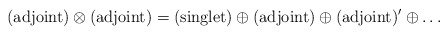
\begin{align*}(\textup{adjoint}) \otimes (\textup{adjoint}) = (\textup{singlet}) \oplus (\textup{adjoint}) \oplus (\textup{adjoint})' \oplus \ldots \; \;\end{align*}